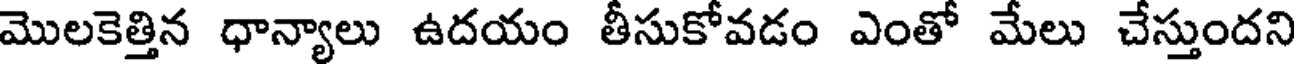
మొలకెత్తిన ధాన్యాలు ఉదయం తీసుకోవడం ఎంతో మేలు చేస్తుందని